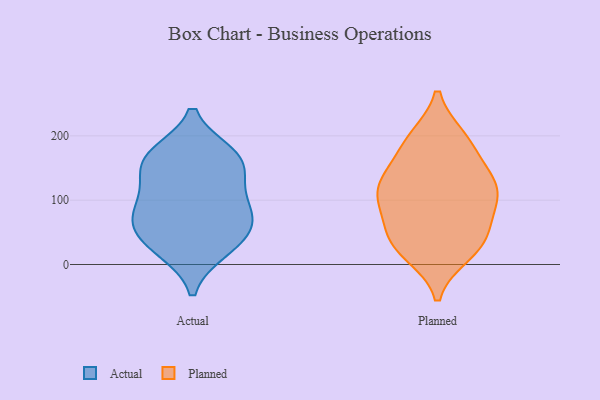
{"axis": {"x": "Bounce Rate (%)", "y": "Value"}, "legend": ["Actual", "Planned"], "data": [{"x": "", "y": 60, "type": "Actual"}, {"x": "", "y": 68, "type": "Actual"}, {"x": "", "y": 170, "type": "Actual"}, {"x": "", "y": 157, "type": "Actual"}, {"x": "", "y": 122, "type": "Actual"}, {"x": "", "y": 87, "type": "Actual"}, {"x": "", "y": 54, "type": "Actual"}, {"x": "", "y": 97, "type": "Actual"}, {"x": "", "y": 26, "type": "Actual"}, {"x": "", "y": 171, "type": "Actual"}, {"x": "", "y": 157, "type": "Actual"}, {"x": "", "y": 23, "type": "Actual"}, {"x": "", "y": 17, "type": "Planned"}, {"x": "", "y": 42, "type": "Planned"}, {"x": "", "y": 192, "type": "Planned"}, {"x": "", "y": 131, "type": "Planned"}, {"x": "", "y": 147, "type": "Planned"}, {"x": "", "y": 196, "type": "Planned"}, {"x": "", "y": 51, "type": "Planned"}, {"x": "", "y": 23, "type": "Planned"}, {"x": "", "y": 76, "type": "Planned"}, {"x": "", "y": 112, "type": "Planned"}, {"x": "", "y": 118, "type": "Planned"}, {"x": "", "y": 126, "type": "Planned"}, {"x": "", "y": 32, "type": "Planned"}, {"x": "", "y": 108, "type": "Planned"}, {"x": "", "y": 89, "type": "Planned"}, {"x": "", "y": 189, "type": "Planned"}]}